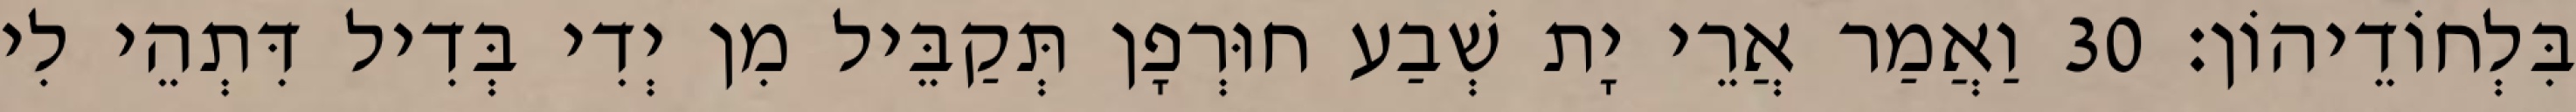
בִּלְחוֹדֵיהוֹן׃ 30 וַאֲמַר אֲרֵי יָת שְׁבַע חוּרְפָן תְּקַבֵּיל מִן יְדִי בְּדִיל דִּתְהֵי לִי